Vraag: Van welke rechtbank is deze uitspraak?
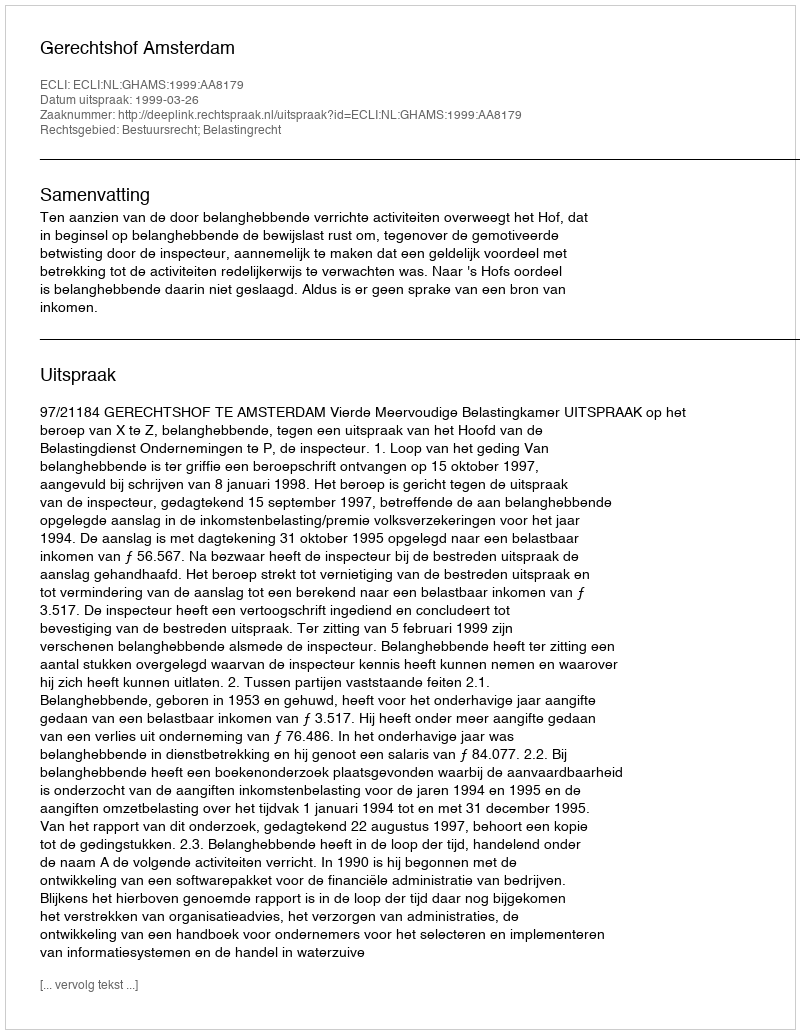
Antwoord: Gerechtshof Amsterdam